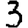
Digit: 3